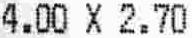
4.00 X 2.70